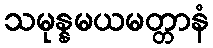
သမုန္နမယမတ္တာနံ